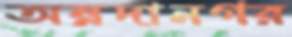
অন্নদানগর